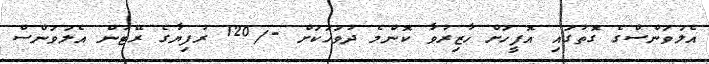
އެލަވަންސްގެ ގޮތުގައި އޮފީހަށް ހާޒިރުވާ ކޮންމެ ދުވަހަކަށް -/120 ރުފިޔާގެ ރޭޓުން އެލަވަންސް